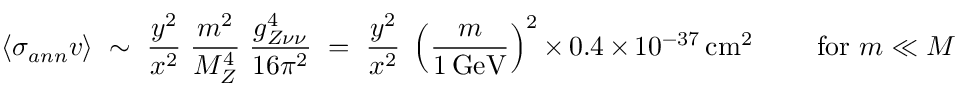
\langle \sigma _ { a n n } v \rangle \ \sim \ \frac { y ^ { 2 } } { x ^ { 2 } } \ \frac { m ^ { 2 } } { M _ { Z } ^ { 4 } } \ \frac { g _ { Z \nu \nu } ^ { 4 } } { 1 6 \pi ^ { 2 } } \ = \ \frac { y ^ { 2 } } { x ^ { 2 } } \ \left( \frac { m } { 1 \, \mathrm { G e V } } \right) ^ { 2 } \times 0 . 4 \times 1 0 ^ { - 3 7 } \, \mathrm { c m } ^ { 2 } \ \qquad \mathrm { f o r ~ } m \ll M